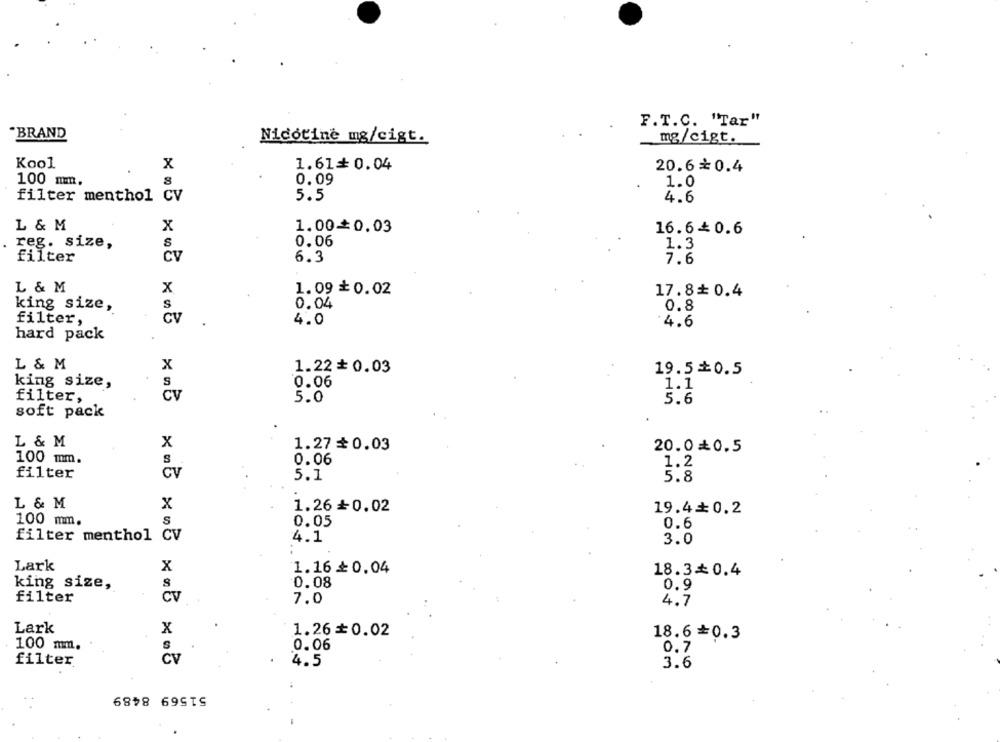
F.T.C. "Tar"
BRAND
Nicotine mg/cigt.
mg/cigt.
Kool
x
1.61+0.04
20.6₺0.4
100 mm.
0.09
1.0
filter menthol CV
5.5
4.6
L & M
x
1.00=0.03
16.6+ 0.6
reg. size,
S
0.06
1.3
filter
Cv
6.3
7.6
L & M
X
1.09 +0.02
17.8+0.4
king size,
S
0.04
0.8
CV
filter,
4.0
4.6
hard pack
L & M
X
1.22+ 0.03
19.5 0.5
king size,
S
0.06
1.1
filter,
CV
5.0
5.6
soft pack
L & M
1.27 + 0.03
20.00.5
100 mm.
0.06
S
1.2
filter
CV
5.1
5.8
L & M
x
1.26+0.02
19.4+0.2
100 mm.
S
0.05
0.6
filter menthol CV
4.1
3.0
Lark
x
1.16 ≥0.04
18.30.4
king size,
S
0.08
0.9
filter
CV
7.0
4.7
Lark
X
1.26 =0.02
18.6=0.3
100 mm.
0.06
0.7
Cv
filter
4.5
3.6
51569 8489